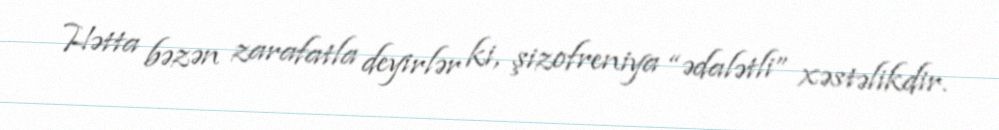
Hətta bəzən zarafatla deyirlər ki, şizofreniya “ədalətli” xəstəlikdir.